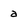
Character: a